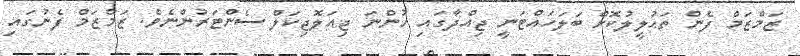
ޒަމްޒަމް ފެން ތަޙުލީލުކޮށް ބަލަހައްޓަނީ ޖިއްދާގައި ހުންނަ ޖިއަލޮޖިކަލް ސެންޓަރުންނެވެ. ޒަމްޒަމް ފެނުގައި